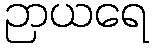
ဉာယရေ